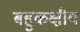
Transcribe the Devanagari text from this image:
बहुकक्षीय